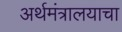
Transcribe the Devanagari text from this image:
अर्थमंत्रालयाचा